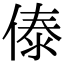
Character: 傣